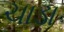
ચાડા